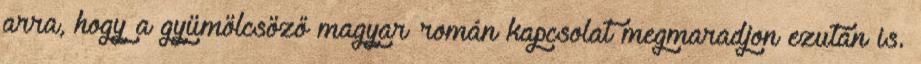
arra, hogy a gyümölcsöző magyar–román kapcsolat megmaradjon ezután is.